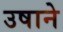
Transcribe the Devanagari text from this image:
उषाने